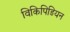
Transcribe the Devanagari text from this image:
विकिपिडियन